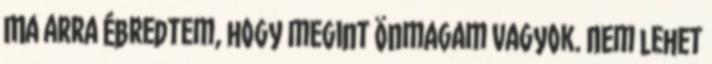
Ma arra ébredtem, hogy megint önmagam vagyok. Nem lehet